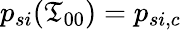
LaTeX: p_{si}(\mathfrak{T}_{00})=p_{si,c}